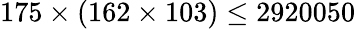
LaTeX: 175\times(162\times 103)\leq 2920050